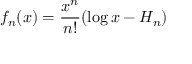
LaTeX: f _ { n } ( x ) = { \frac { x ^ { n } } { n ! } } ( \log x - H _ { n } )